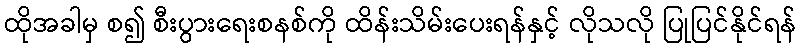
ထိုအခါမှ စ၍ စီးပွားရေးစနစ်ကို ထိန်းသိမ်းပေးရန်နှင့် လိုသလို ပြုပြင်နိုင်ရန်